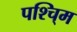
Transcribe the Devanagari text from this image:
पश्चि्म